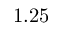
1 . 2 5